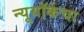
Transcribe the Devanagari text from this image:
न्यूयॉर्कचा